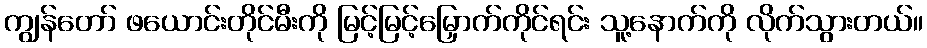
ကျွန်တော် ဖယောင်းတိုင်မီးကို မြင့်မြင့်မြှောက်ကိုင်ရင်း သူ့နောက်ကို လိုက်သွားတယ်။